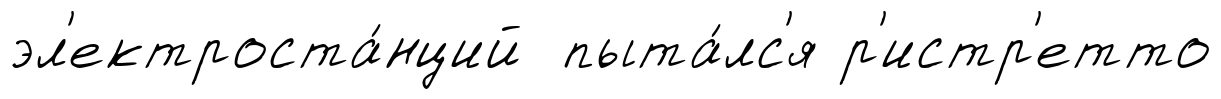
эл'ектроста́нций пыта́лс'я р'истр'етто